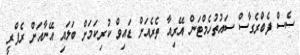
ސެސް ފެބްރެގާސް ސައުތުހެމްޓަން އޭރިއާ ތެރެއަށް ޑައިވް ކުރިކަމަށް ބަލައި އޭނާއަށް ރެފްރީ